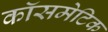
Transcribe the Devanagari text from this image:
कॉसमेटिक